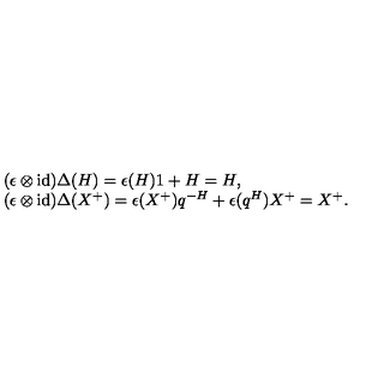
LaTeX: \begin{array} { r c l } { } & { } & { ( \epsilon \otimes \mathrm { i d } ) \Delta ( H ) = \epsilon ( H ) 1 + H = H , } \\ { } & { } & { ( \epsilon \otimes \mathrm { i d } ) \Delta ( X ^ { + } ) = \epsilon ( X ^ { + } ) q ^ { - H } + \epsilon ( q ^ { H } ) X ^ { + } = X ^ { + } . } \\ \end{array}